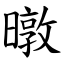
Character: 暾